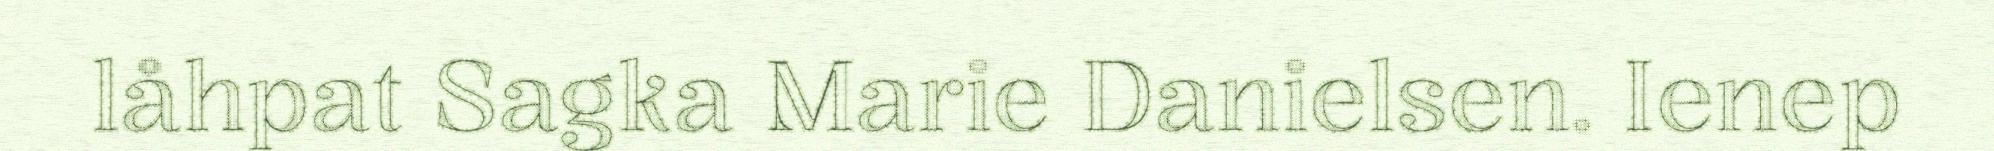
låhpat Sagka Marie Danielsen. Ienep